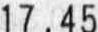
17.45